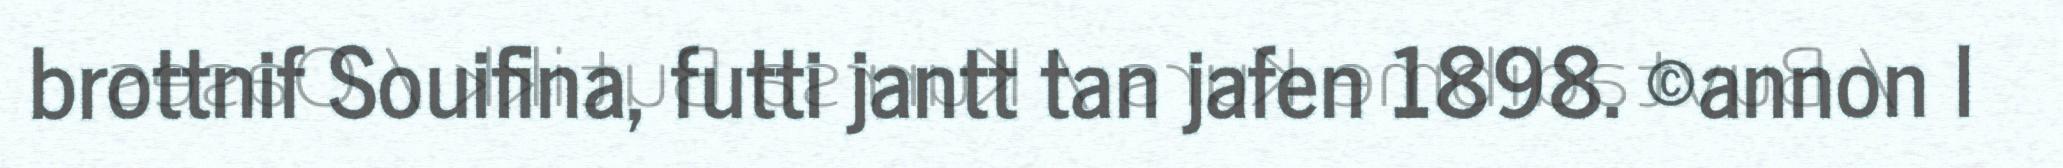
brottnif Souifina, futti jantt tan jafen 1898. ©annon l